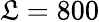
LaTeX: \mathfrak{L}=800